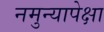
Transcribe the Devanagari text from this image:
नमुन्यापेक्षा